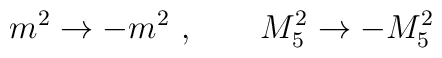
m^2 \rightarrow -m^2~, \qquad M_5^2 \rightarrow -M_5^2